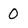
Character: 0